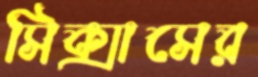
সিক্সাসের